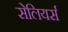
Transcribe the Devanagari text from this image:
सेलियर्स